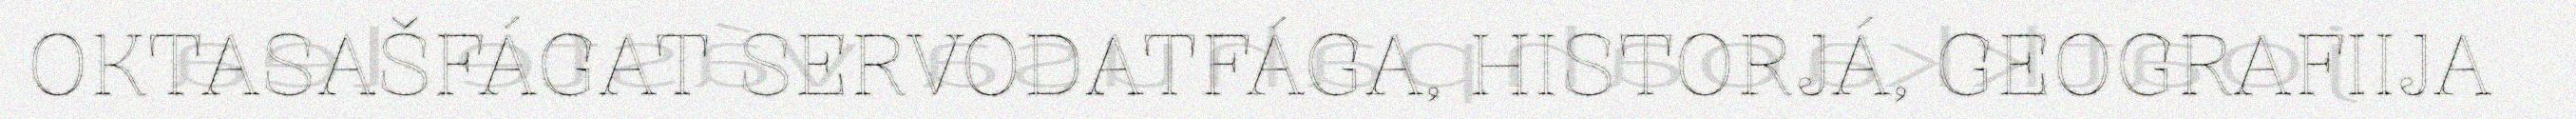
OKTASAŠFÁGAT SERVODATFÁGA, HISTORJÁ, GEOGRAFIIJA